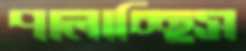
পালাচ্ছিস